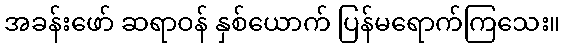
အခန်းဖော် ဆရာဝန် နှစ်ယောက် ပြန်မရောက်ကြသေး။